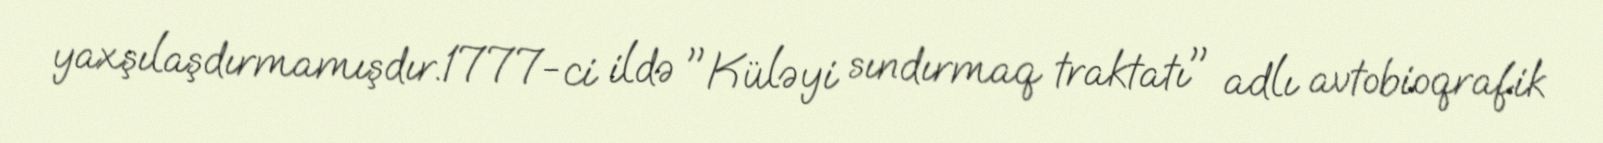
yaxşılaşdırmamışdır.1777-ci ildə "Küləyi sındırmaq traktatı" adlı avtobioqrafik